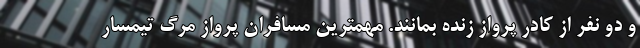
و دو نفر از کادر پرواز زنده بمانند. مهمترین مسافران پروازِ مرگ تیمسار